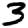
Digit: 3